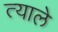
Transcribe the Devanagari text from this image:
त्याले